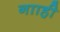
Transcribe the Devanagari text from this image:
नााही